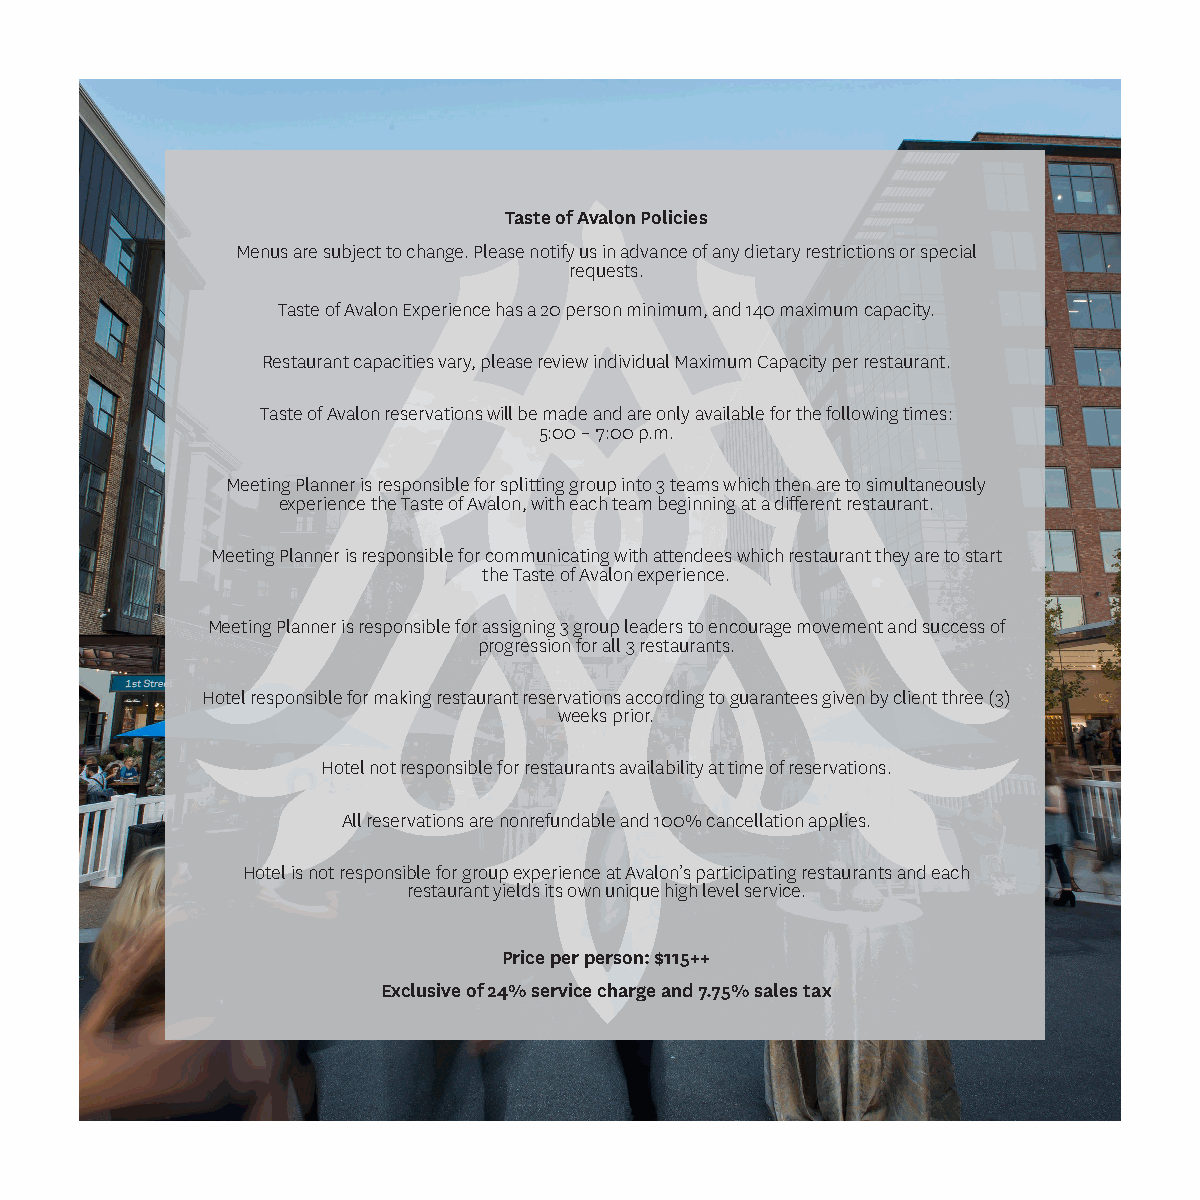
Taste of Avalon Policies
 Menus are subject to change. Please notify us in advance of any dietary restrictions or special
 requests.
 Taste of Avalon Experience has a 20 person minimum, and 140 maximum capacity.
 Restaurant capacities vary, please review individual Maximum Capacity per restaurant.
 Taste of Avalon reservations will be made and are only available for the following times:
 5:00 – 7:00 p.m.
 Meeting Planner is responsible for splitting group into 3 teams which then are to simultaneously
 experience the Taste of Avalon, with each team beginning at a different restaurant.
 Meeting Planner is responsible for communicating with attendees which restaurant they are to start
 the Taste of Avalon experience.
 Meeting Planner is responsible for assigning 3 group leaders to encourage movement and success of
 progression for all 3 restaurants.
 Hotel responsible for making restaurant reservations according to guarantees given by client three (3)
 weeks prior.
 Hotel not responsible for restaurants availability at time of reservations.
 All reservations are nonrefundable and 100% cancellation applies.
 Hotel is not responsible for group experience at Avalon’s participating restaurants and each
 restaurant yields its own unique high level service.
 Price per person: $115++
 Exclusive of 24% service charge and 7.75% sales tax